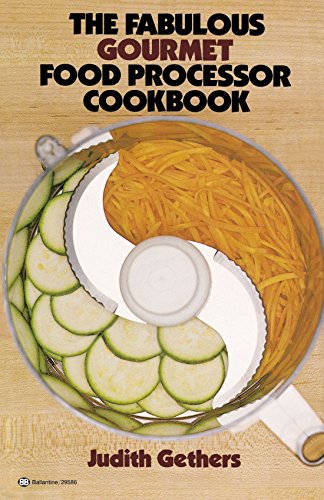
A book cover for The Fabulous Gourmet Food Processor Cookbook; Judith Gethers; Cookbooks, Food & Wine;